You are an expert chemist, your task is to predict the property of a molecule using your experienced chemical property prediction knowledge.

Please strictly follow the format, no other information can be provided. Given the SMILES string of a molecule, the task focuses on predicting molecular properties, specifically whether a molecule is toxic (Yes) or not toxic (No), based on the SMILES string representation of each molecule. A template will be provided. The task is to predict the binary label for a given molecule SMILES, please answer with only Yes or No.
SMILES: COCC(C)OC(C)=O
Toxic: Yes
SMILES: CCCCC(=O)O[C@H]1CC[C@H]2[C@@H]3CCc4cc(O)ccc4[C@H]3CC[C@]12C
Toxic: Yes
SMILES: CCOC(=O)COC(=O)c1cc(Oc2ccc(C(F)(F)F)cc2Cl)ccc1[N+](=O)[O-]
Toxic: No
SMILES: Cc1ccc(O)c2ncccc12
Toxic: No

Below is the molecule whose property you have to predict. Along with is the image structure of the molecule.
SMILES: CCCCOc1ccc(C(=O)CCN2CCCCC2)cc1
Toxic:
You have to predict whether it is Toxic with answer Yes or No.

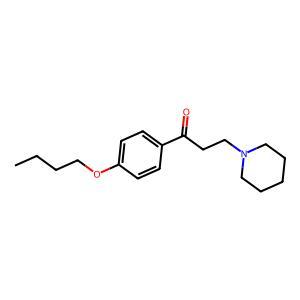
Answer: No